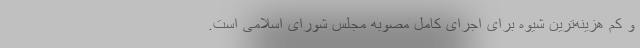
و کم هزینه‌ترین شیوه برای اجرای کامل مصوبه مجلس شورای اسلامی است.